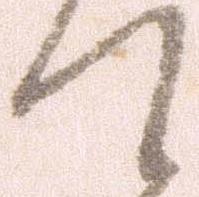
て